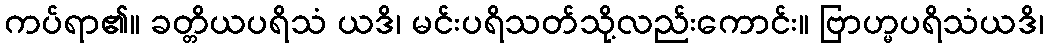
ကပ်ရာ၏။ ခတ္တိယပရိသံ ယဒိ၊ မင်းပရိသတ်သို့လည်းကောင်း။ ဗြာဟ္မပရိသံယဒိ၊